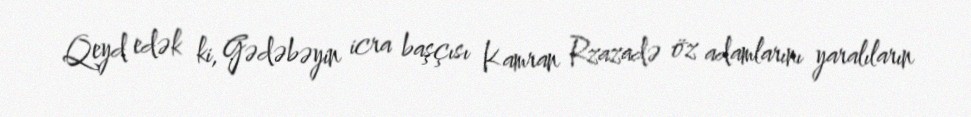
Qeyd edək ki, Gədəbəyin icra başçısı Kamran Rzazadə öz adamlarını yaralıların